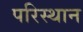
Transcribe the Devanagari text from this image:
परिस्थान